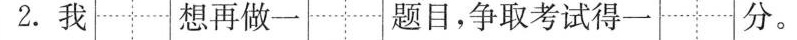
2.我 想再做一 题目，争取考试得一 分。